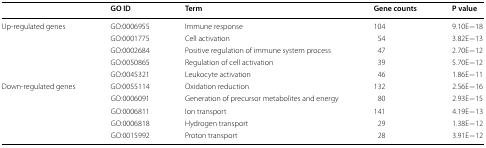
<table><thead><tr><td></td><td><b>GO ID</b></td><td><b>Term</b></td><td><b>Gene counts</b></td><td><b>P value</b></td></tr></thead><tbody><tr><td rowspan="5">Up-regulated genes</td><td>GO:0006955</td><td>Immune response</td><td>104</td><td>9.10E−18</td></tr><tr><td>GO:0001775</td><td>Cell activation</td><td>54</td><td>3.82E−13</td></tr><tr><td>GO:0002684</td><td>Positive regulation of immune system process</td><td>47</td><td>2.70E−12</td></tr><tr><td>GO:0050865</td><td>Regulation of cell activation</td><td>39</td><td>5.70E−12</td></tr><tr><td>GO:0045321</td><td>Leukocyte activation</td><td>46</td><td>1.86E−11</td></tr><tr><td rowspan="5">Down-regulated genes</td><td>GO:0055114</td><td>Oxidation reduction</td><td>132</td><td>2.56E−16</td></tr><tr><td>GO:0006091</td><td>Generation of precursor metabolites and energy</td><td>80</td><td>2.93E−15</td></tr><tr><td>GO:0006811</td><td>Ion transport</td><td>141</td><td>4.19E−13</td></tr><tr><td>GO:0006818</td><td>Hydrogen transport</td><td>29</td><td>1.38E−12</td></tr><tr><td>GO:0015992</td><td>Proton transport</td><td>28</td><td>3.91E−12</td></tr></tbody></table>